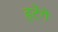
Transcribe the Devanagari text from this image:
हटेंगे